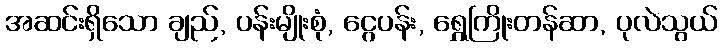
အဆင်းရှိသော ချည်, ပန်းမျိုးစုံ, ငွေပန်း, ရွှေကြိုးတန်ဆာ, ပုလဲသွယ်